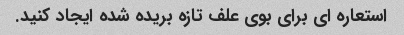
استعاره ای برای بوی علف تازه بریده شده ایجاد کنید.